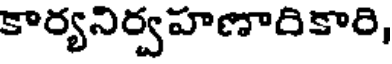
కార్యనిర్వహణారికారి,